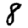
Digit: 8